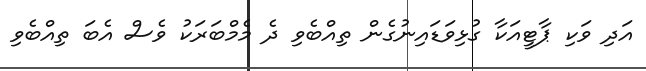
އަދި ވަކި ޕާޓީއަކާ ގުޅިވަޑައިނުގެން ތިއްބެވި ދެ މެމްބަރަކު ވެސް އެބަ ތިއްބެވި